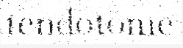
tendotome